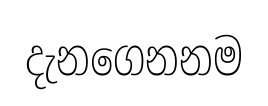
දැනගෙනනම